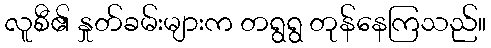
လူစီ၏ နှုတ်ခမ်းများက တရွရွ တုန်နေကြသည်။